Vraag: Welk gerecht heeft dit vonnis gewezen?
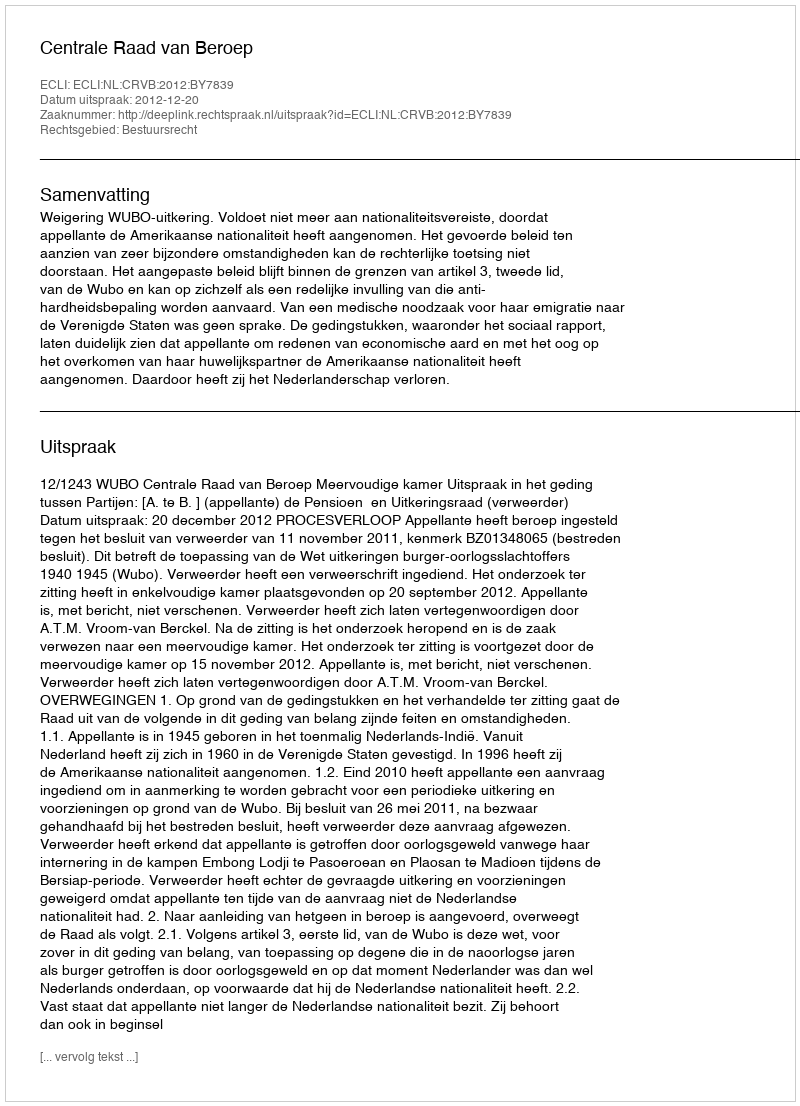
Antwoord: Centrale Raad van Beroep